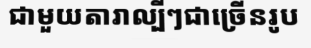
ជាមួយតារាល្បីៗជាច្រើនរូប